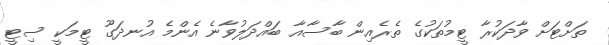
ތަށްޓަށް ވާދަކުރާ ޓީމުތަކުގެ ތެރެއިން ބާސާއާ ބައްދަލުވާނެ އެންމެ އުނދަގޫ ޓީމަކީ ސިޓީ